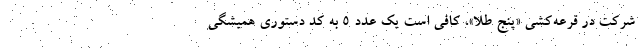
شرکت در قرعه‌کشی «پنجِ طلا»، کافی است یک عدد 5 به کد دستوری همیشگی